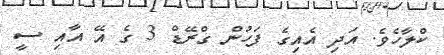
ކްލާހެވެ. އަދި އެއިގެ ފަހުން ގްރޭޑް 3 ގެ އޭ އާއި ސީ